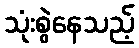
သုံးစွဲနေသည့်